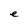
Character: e